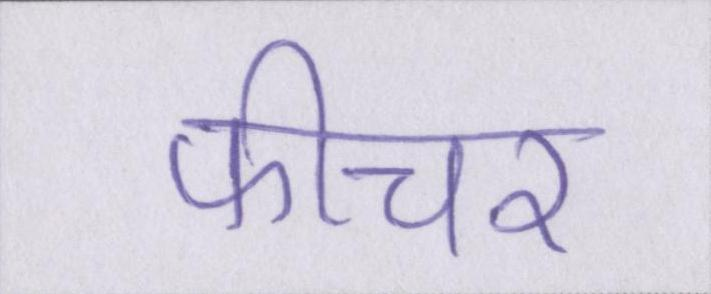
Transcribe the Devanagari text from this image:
फीचर